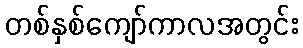
တစ်နှစ်ကျော်ကာလအတွင်း